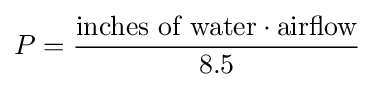
P={\frac {{\text{inches of water}}\cdot {\text{airflow}}}{8.5}}